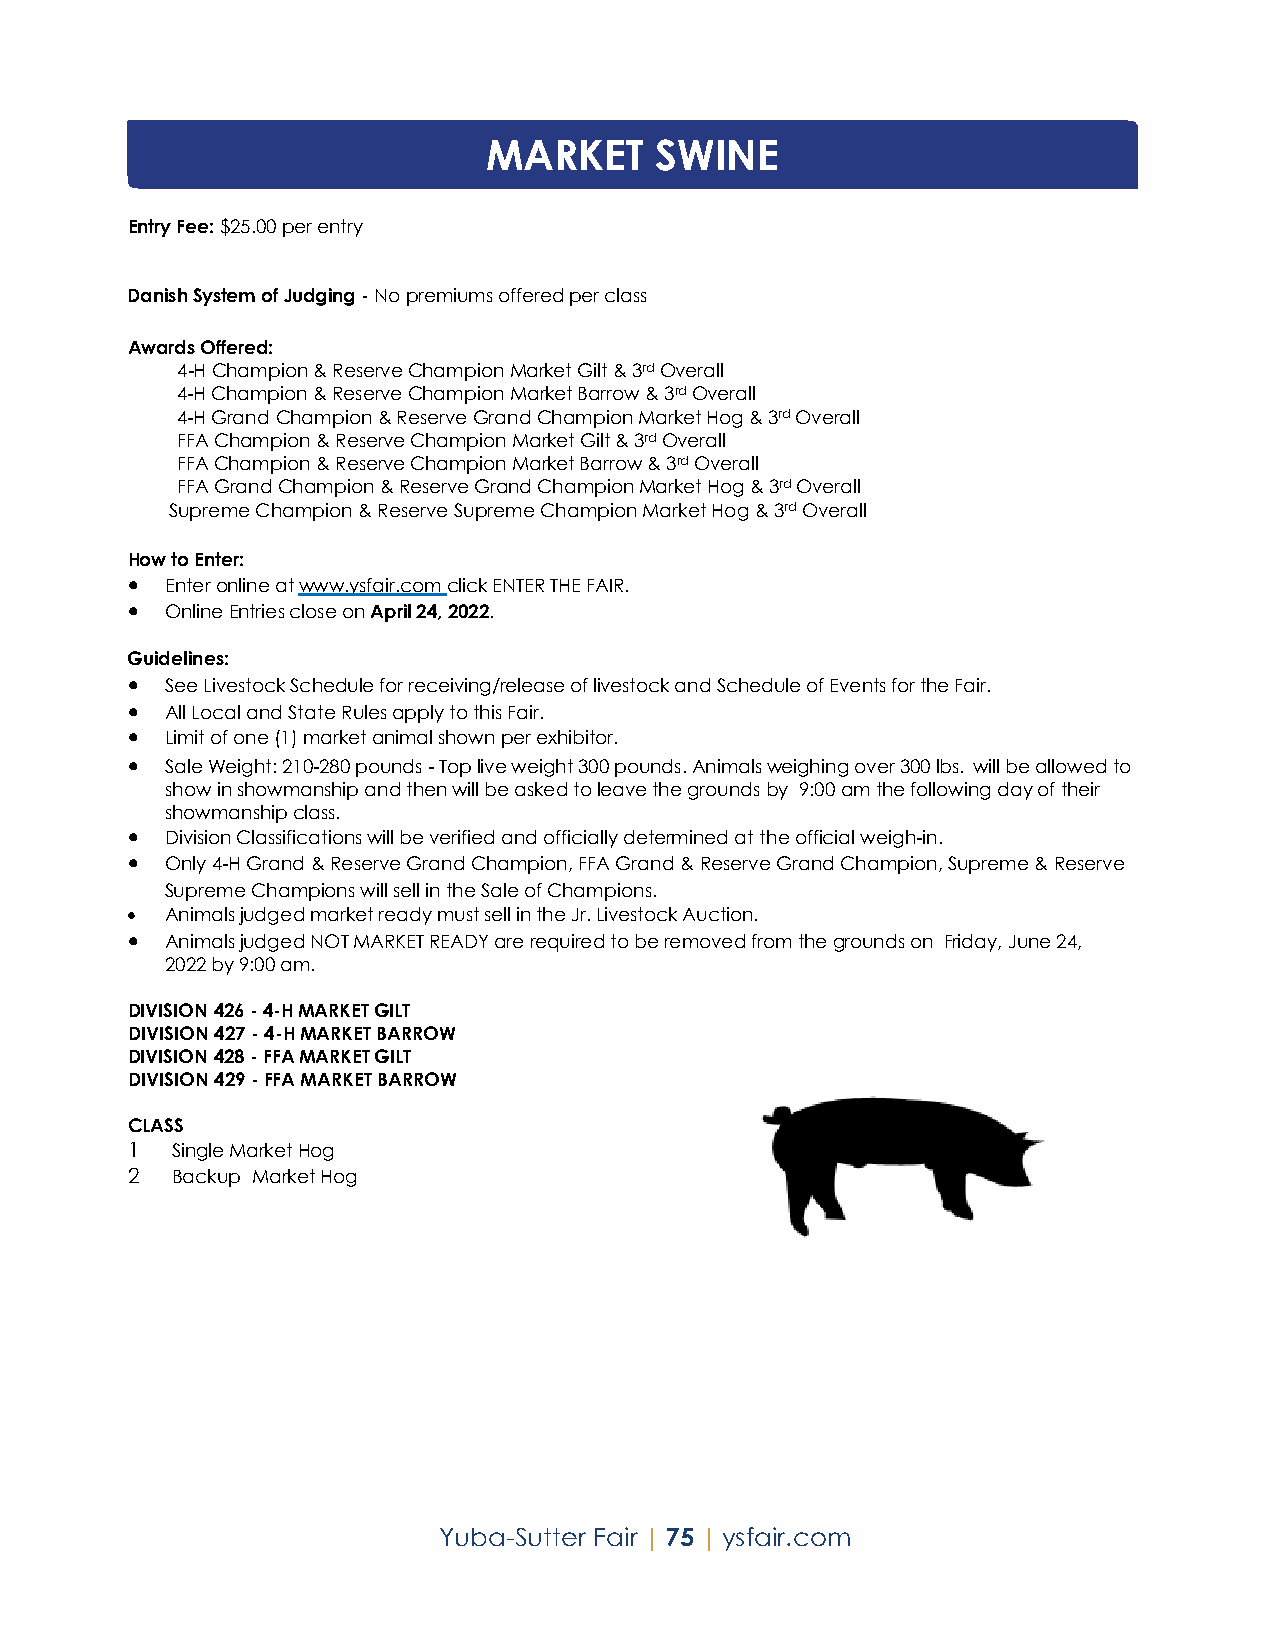
MARKET     SWINE
 Entry Fee: $25.00 per entry
 Danish System of Judging - No premiums offered per class
 Awards Offered:
 4-H Champion & Reserve Champion Market Gilt & 3rd Overall
 4-H Champion & Reserve Champion Market Barrow & 3rd Overall
 4-H Grand Champion & Reserve Grand Champion Market Hog & 3rd Overall
 FFA Champion & Reserve Champion Market Gilt & 3rd Overall
 FFA Champion & Reserve Champion Market Barrow & 3rd Overall
 FFA Grand Champion & Reserve Grand Champion Market Hog & 3rd Overall
 Supreme Champion & Reserve Supreme Champion Market Hog & 3rd Overall
 How to Enter:
 •  Enter online at www.ysfair.com click ENTER THE FAIR.
 •  Online Entries close on April 24, 2022.
 Guidelines:
 •  See Livestock Schedule for receiving/release of livestock and Schedule of Events for the Fair.
 •  All Local and State Rules apply to this Fair.
 •  Limit of one (1) market animal shown per exhibitor.
 •  Sale Weight: 210-280 pounds - Top live weight 300 pounds. Animals weighing over 300 lbs. will be allowed to
 show in showmanship and then will be asked to leave the grounds by 9:00 am the following day of their
 showmanship class.
 •  Division Classifications will be verified and officially determined at the official weigh-in.
 •  Only 4-H Grand & Reserve Grand Champion, FFA Grand & Reserve Grand Champion, Supreme & Reserve
 Supreme Champions will sell in the Sale of Champions.
 •  Animals judged market ready must sell in the Jr. Livestock Auction.
 •  Animals judged NOT MARKET READY are required to be removed from the grounds on Friday, June 24,
 2022 by 9:00 am.
 DIVISION 426 - 4-H MARKET GILT
 DIVISION 427 - 4-H MARKET BARROW
 DIVISION 428 - FFA MARKET GILT
 DIVISION 429 - FFA MARKET BARROW
 CLASS
 1  Single Market Hog
 2  Backup Market Hog
 Yuba-Sutter Fair | 75 | ysfair.com